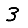
Digit: 3